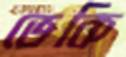
ভেকি